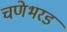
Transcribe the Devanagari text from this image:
चणेभरड